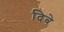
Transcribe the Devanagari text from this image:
दिबे